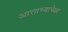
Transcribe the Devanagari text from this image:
आत्ताच्यापेक्षा